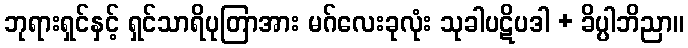
ဘုရားရှင်နှင့် ရှင်သာရိပုတြာအား မဂ်လေးခုလုံး သုခါပဋိပဒါ + ခိပ္ပါဘိညာ။